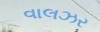
વાલઝર